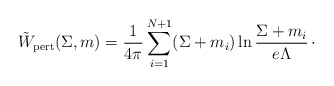
\begin{align*}\tilde W_{\rm pert}(\Sigma ,m) = {1\over 4\pi}\sum_{i=1}^{N+1}(\Sigma + m_{i})\ln {\Sigma + m_{i}\over e\Lambda}\, \cdotp\end{align*}